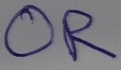
Text: OR